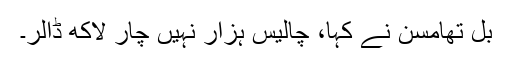
بل تھامسن نے کہا، چالیس ہزار نہیں چار لاکھ ڈالر۔